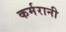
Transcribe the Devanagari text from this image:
कर्मरानी